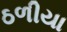
ઠળીયા